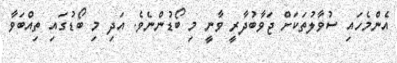
އެންމެހައި ސުވާލުތަކަށް ޖަވާބުދާރީ ވާނީ މި ބޯޑުންނެވެ. އަދި މި ބޯޑުގައި ތިއްބަވާ